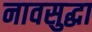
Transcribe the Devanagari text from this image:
नावसुद्धा